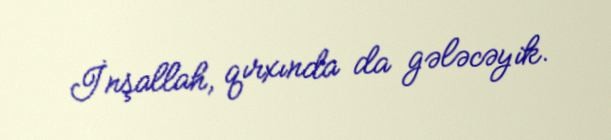
İnşallah, qırxında da gələcəyik.